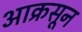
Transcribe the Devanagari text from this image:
आक्रसून